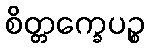
စိတ္တက္ခေပဉ္စ